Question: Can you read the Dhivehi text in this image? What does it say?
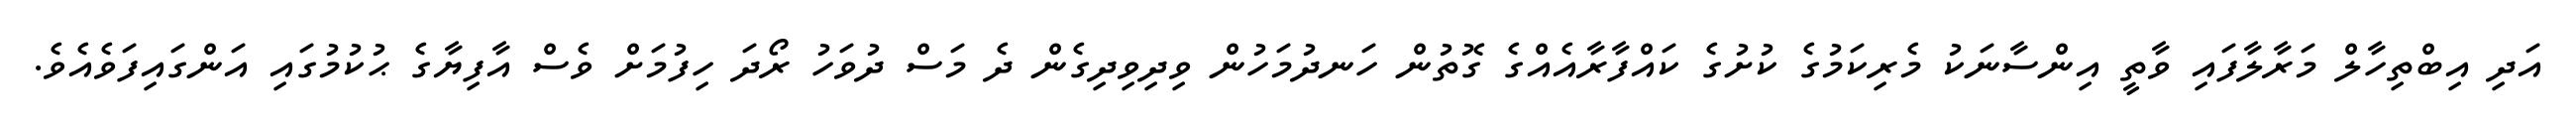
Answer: އަދި އިބްތިހާލް މަރާލާފައި ވާތީ އިންސާނަކު މެރިކަމުގެ ކުށުގެ ކައްފާރާއެއްގެ ގޮތުން ހަނދުމަހުން ވިދިވިދިގެން ދެ މަސް ދުވަހު ރޯދަ ހިފުމަށް ވެސް އާފިޔާގެ ޙުކުމުގައި އަންގައިފަވެއެވެ.